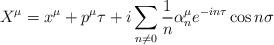
LaTeX: \begin{align*}X^{\mu} = x^{\mu} + p^{\mu} \tau + i \sum\limits_{n \neq 0} \frac {1} {n}{\alpha}_n^{\mu} e^{-in \tau} \cos {n \sigma}\end{align*}